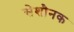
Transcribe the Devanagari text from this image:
सेशौनक